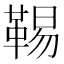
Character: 𩋌